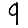
Digit: 9